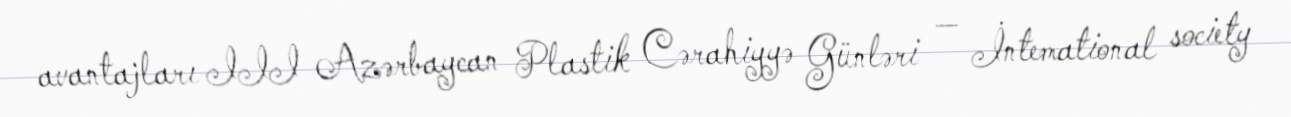
avantajları III Azərbaycan Plastik Cərahiyyə Günləri — İntemational society